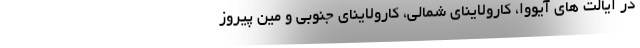
در ایالت های آیووا، کارولاینای شمالی، کارولاینای جنوبی و مین پیروز